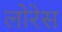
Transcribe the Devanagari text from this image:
लोरेस